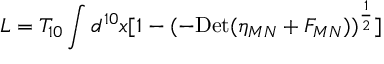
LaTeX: L = T _ { 1 0 } \int d ^ { 1 0 } x [ 1 - ( - \mathrm { D e t } ( \eta _ { M N } + F _ { M N } ) ) ^ { { \frac { 1 } { 2 } } } ]